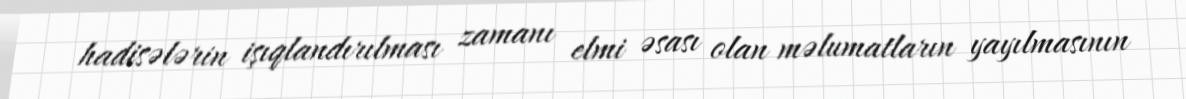
hadisələrin işıqlandırılması zamanı elmi əsası olan məlumatların yayılmasının